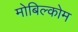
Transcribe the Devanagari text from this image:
मोबिल्कोम